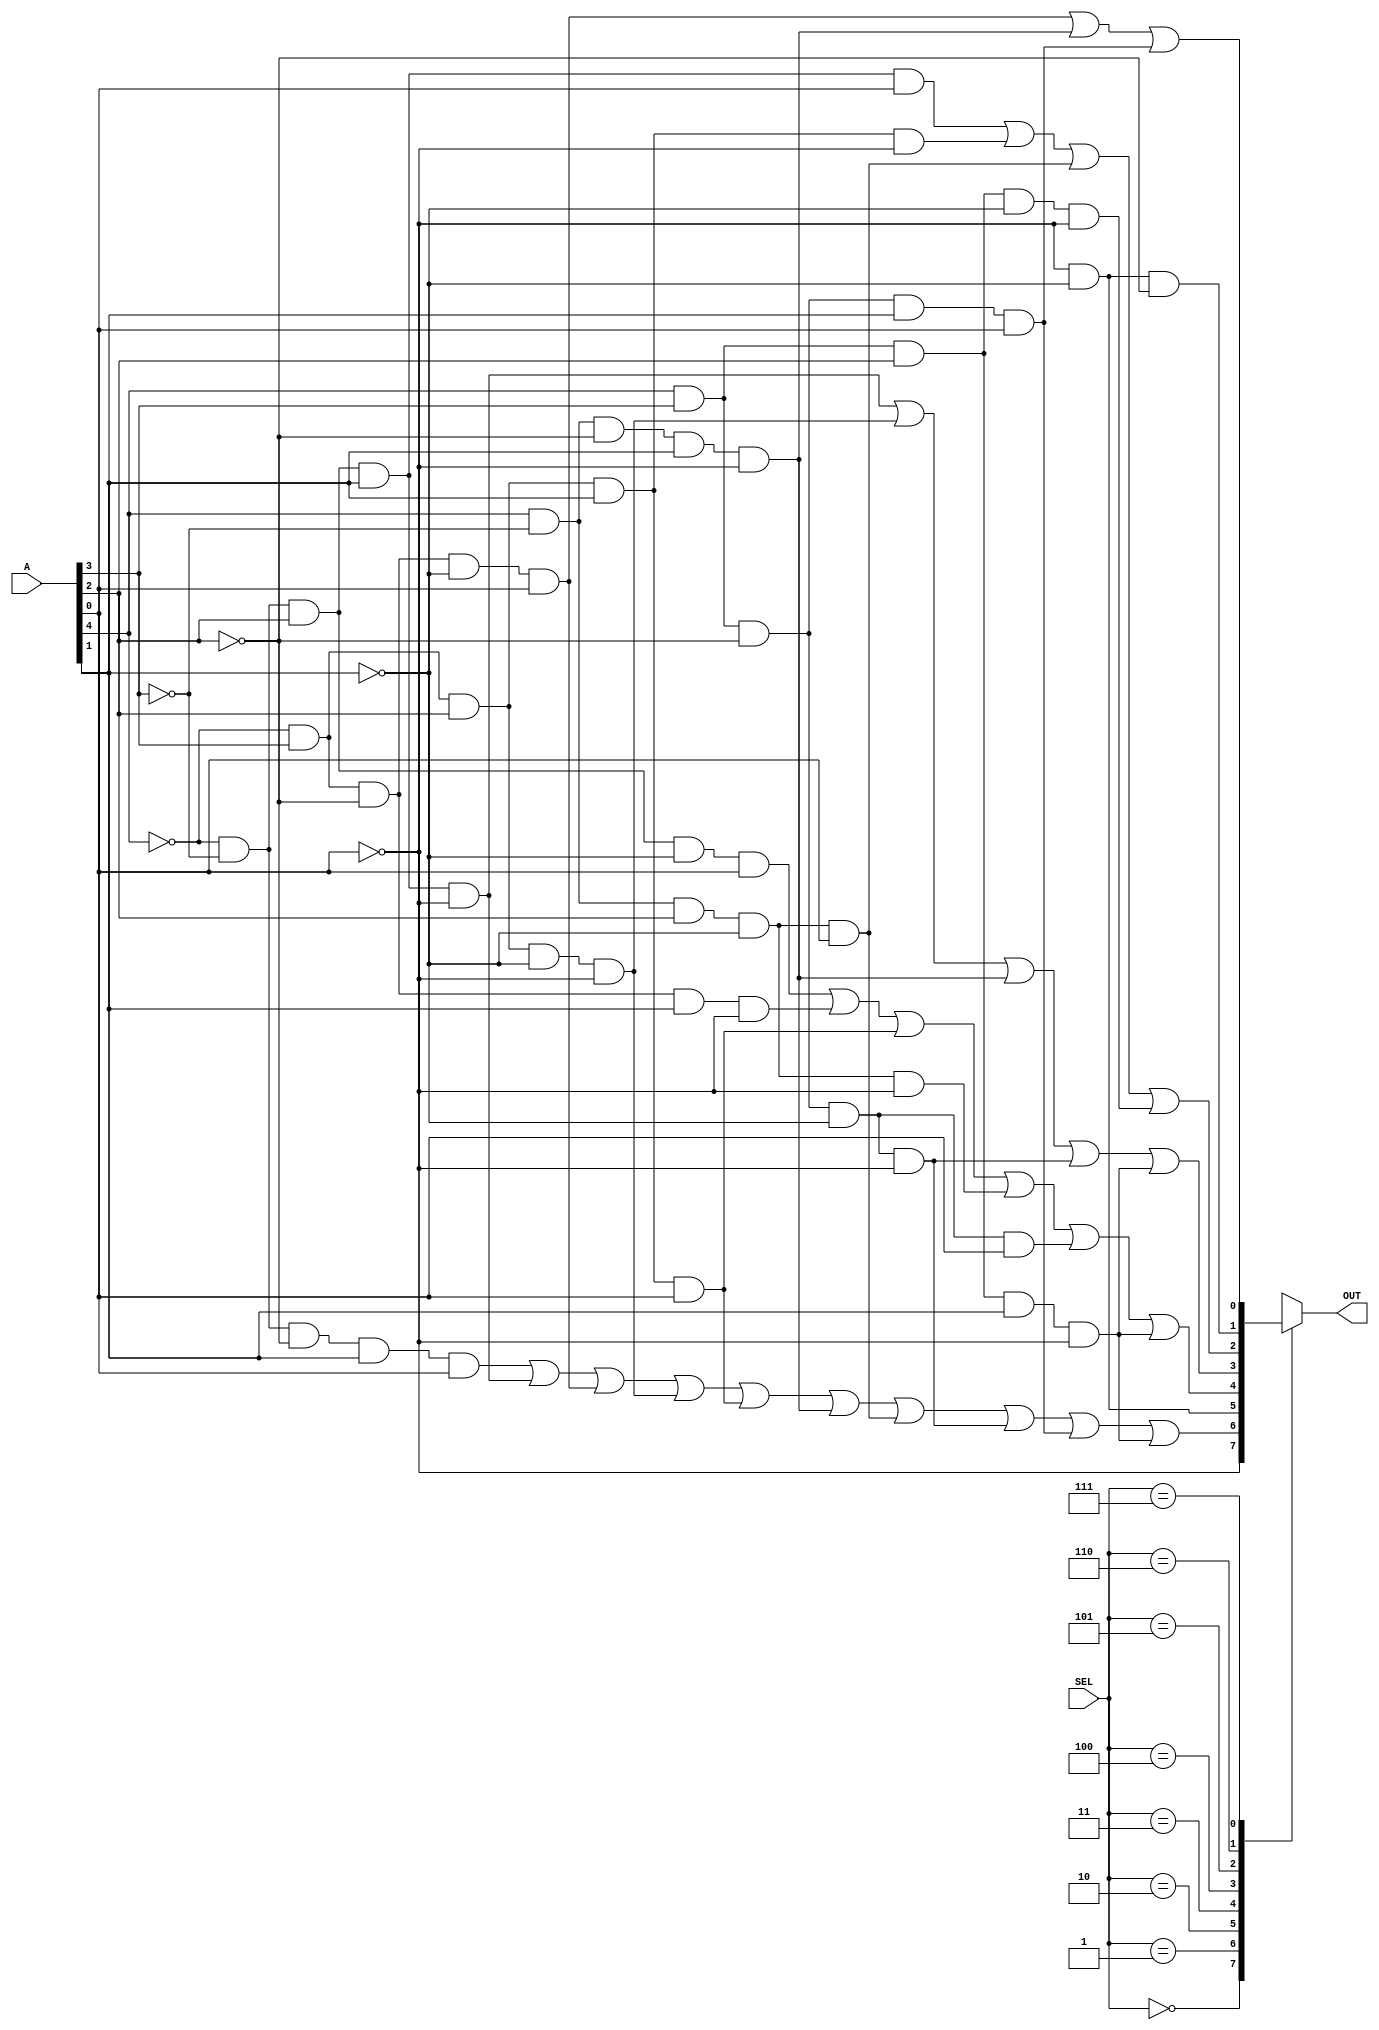
module mult1(A, SEL, OUT);

input [4:0] A;
input [2:0] SEL; 
output reg OUT;

always @(*) begin
    case(SEL)

        0 : OUT = (~A[0]);
        1 : OUT = (~A[4] & ~A[3] & ~A[2] & A[1] & A[0]) | (~A[4] & ~A[3] & A[2] & A[1] & ~A[0]) | (~A[4] & A[3] & ~A[2] & ~A[1] & A[0]) | (~A[4] & A[3] & A[2] & ~A[1] & ~A[0]) | (~A[4] & A[3] & A[2] & A[1] & A[0]) | (A[4] & ~A[3] & ~A[2] & A[1] & ~A[0]) | (A[4] & ~A[3] & A[2] & ~A[1] & A[0]) | (A[4] & A[3] & ~A[2] & ~A[1] & ~A[0]) | (A[4] & A[3] & ~A[2] & A[1] & A[0]) | (A[4] & A[3] & A[2] & A[1] & ~A[0]);
        2 : OUT = (~A[0] & ~A[1]);
        3 : OUT = (~A[4] & ~A[3] & A[2] & ~A[1] & A[0]) | (~A[4] & A[3] & ~A[2] & A[1] & ~A[0]) | (~A[4] & A[3] & A[2] & A[1] & A[0]) | (A[4] & ~A[3] & A[2] & ~A[1] & ~A[0]) | (A[4] & A[3] & ~A[2] & ~A[1] & A[0]) | (A[4] & A[3] & A[2] & A[1] & ~A[0]);
        4 : OUT = (~A[4] & ~A[3] & A[2] & A[1] & ~A[0]) | (~A[4] & A[3] & A[2] & ~A[1] & ~A[0]) | (A[4] & ~A[3] & ~A[2] & A[1] & ~A[0]) | (A[4] & A[3] & ~A[2] & ~A[1] & ~A[0]) | (A[4] & A[3] & A[2] & A[1] & ~A[0]);
        5 : OUT = (~A[4] & ~A[3] & A[2] & A[1] & A[0]) | (~A[4] & A[3] & A[2] & A[1] & ~A[0]) | (A[4] & ~A[3] & A[2] & ~A[1] & A[0]) | (A[4] & A[3] & A[2] & ~A[1] & ~A[0]);
        6 : OUT = (~A[0] & ~A[1] & ~A[2]);
        7 : OUT = (~A[4] & A[3] & ~A[2] & ~A[1] & A[0]) | (A[4] & ~A[3] & ~A[2] & A[1] & ~A[0]) |(A[4] & A[3] & ~A[2] & A[1] & A[0]);
        
    endcase
end

endmodule